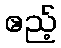
ဧည့်